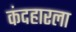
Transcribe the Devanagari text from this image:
कंदहारला